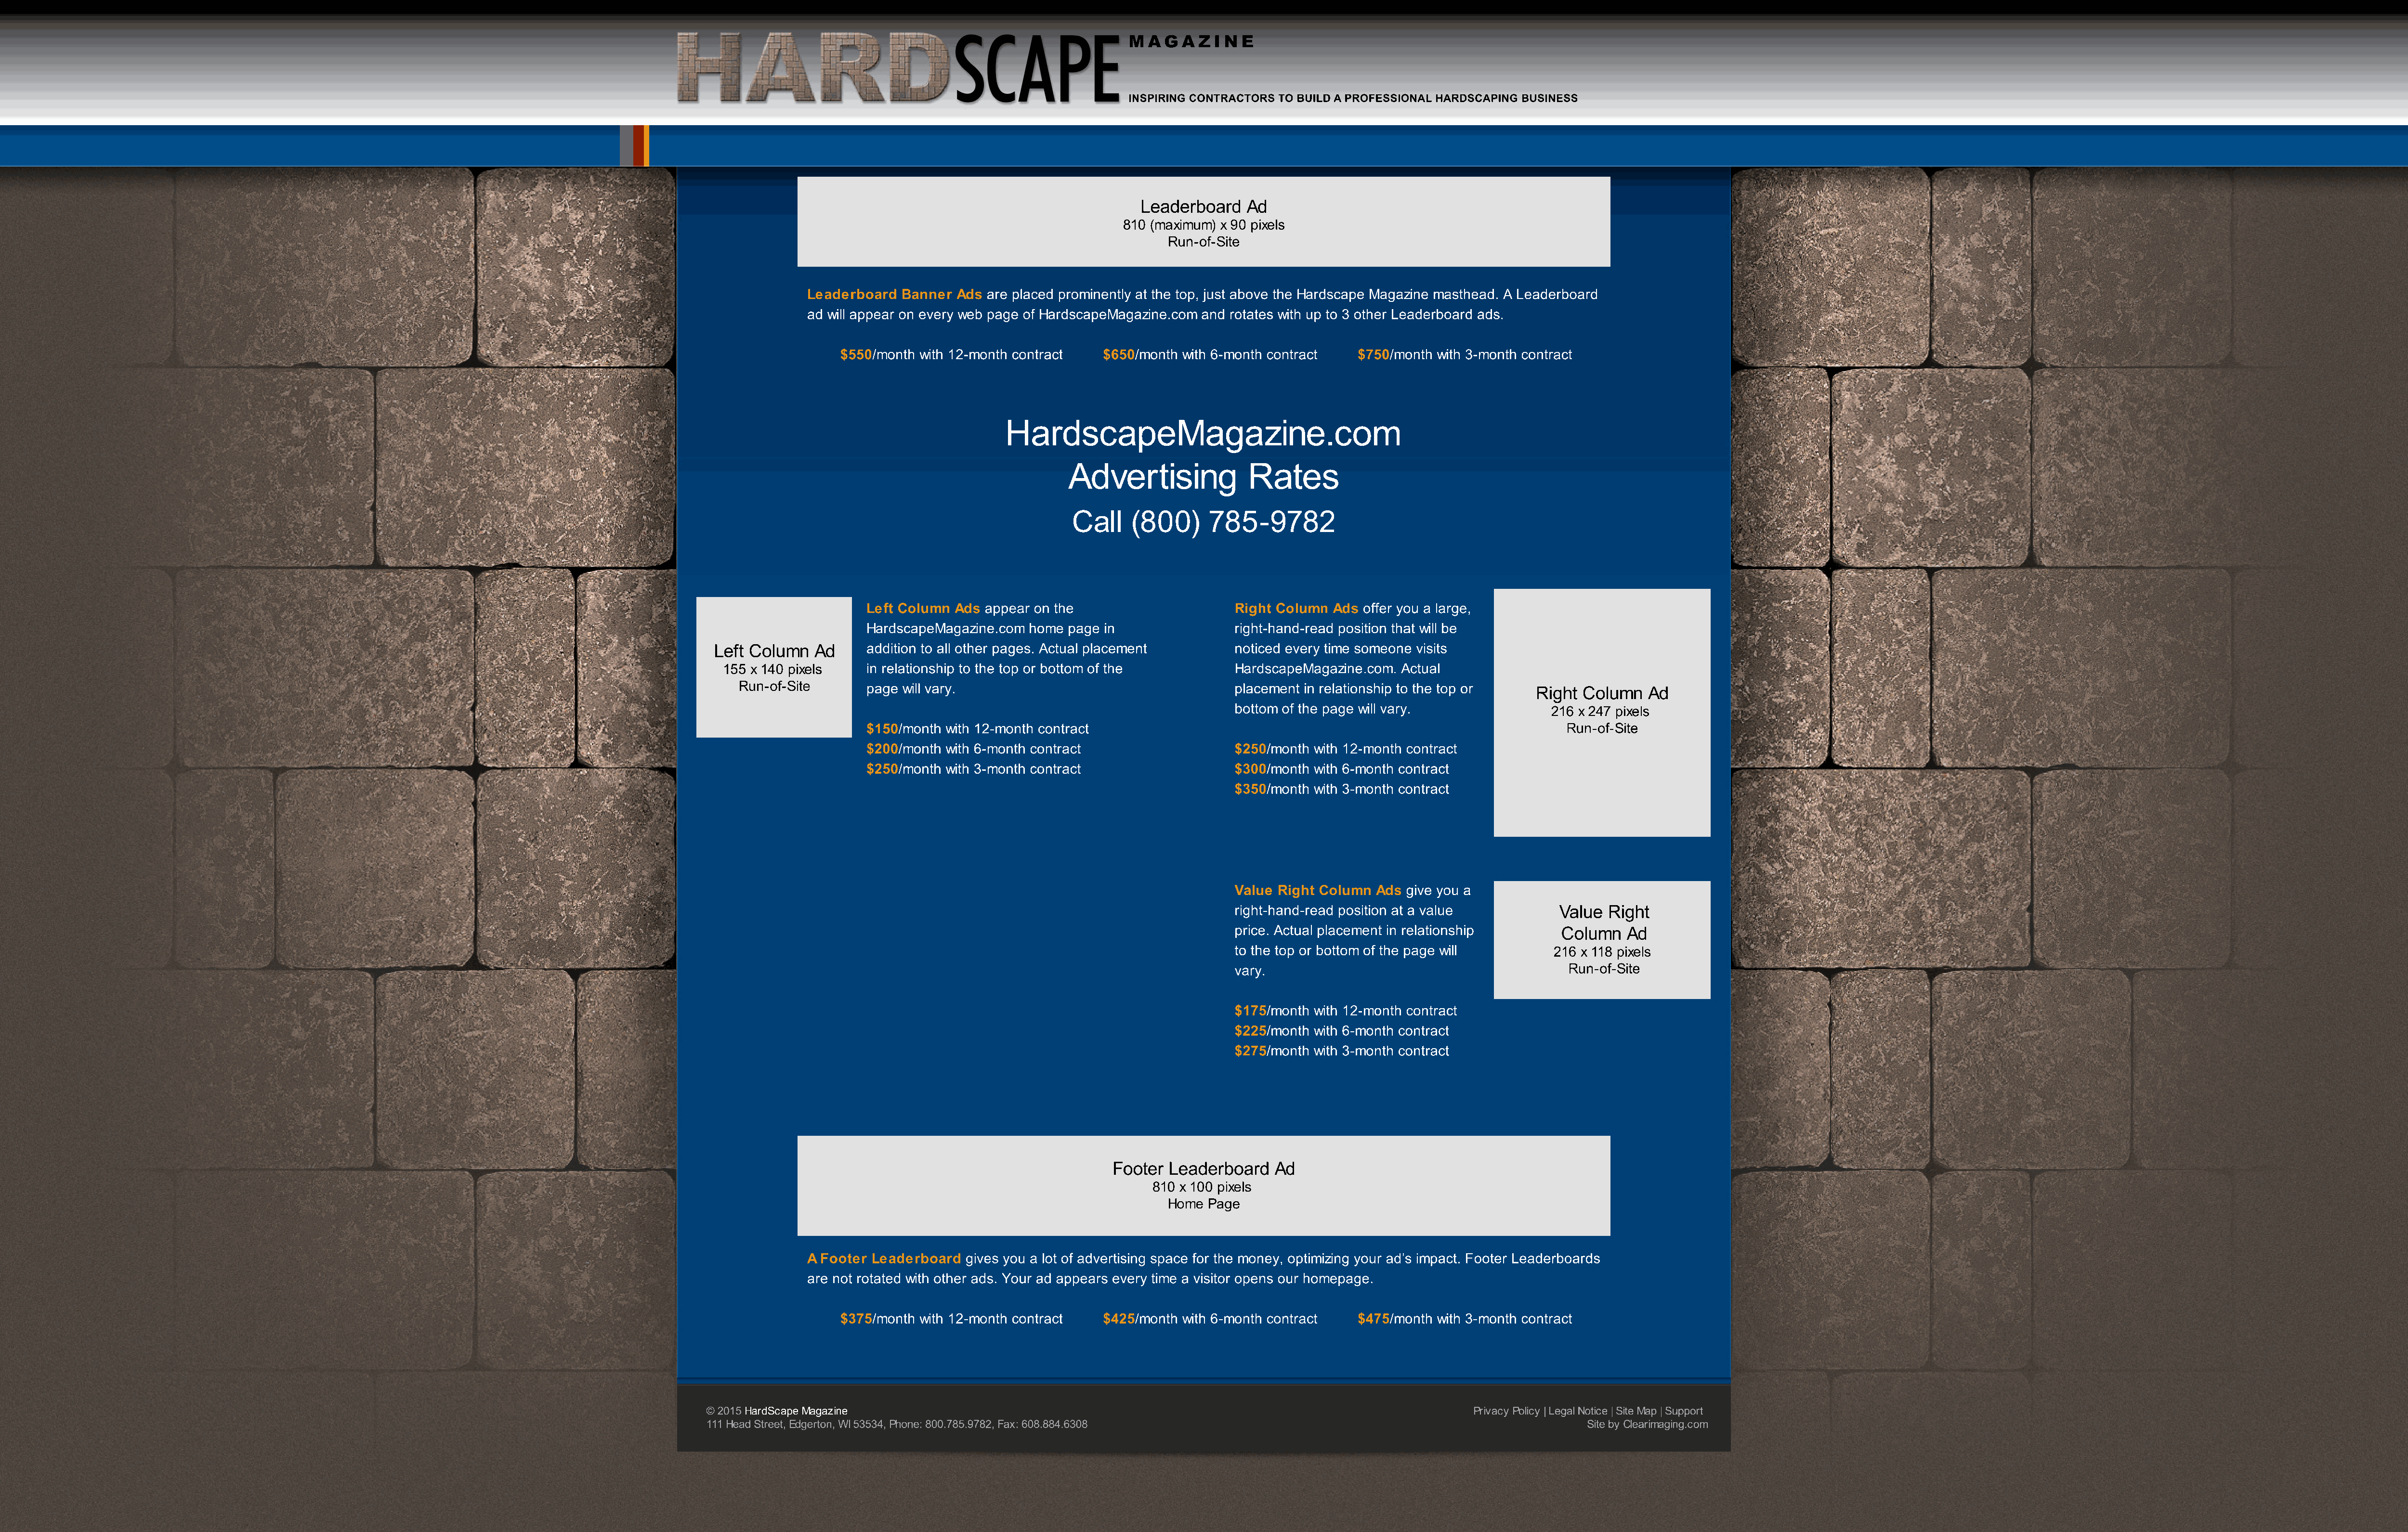
MAGAZINE
 INSPIRING CONTRACTORS TO BUILD A PROFESSIONAL HARDSCAPING BUSINESS
 Leaderboard   Ad
 810 (maximum) x 90 pixels
 Run-of-Site
 Leaderboard  Banner  Ads are placed prominently at the top, just above the Hardscape Magazine masthead. A Leaderboard
 ad will appear on every web page of HardscapeMagazine.com and rotates with up to 3 other Leaderboard ads.
 $550/month with 12-month contract   $650/month with 6-month contract   $750/month with 3-month contract
 HardscapeMagazine.com
 Advertising              Rates
 Call    (800)      785-9782
 Left Column Ads appear on the                      Right Column Ads offer you a large,
 HardscapeMagazine.com home  page in                right-hand-read position that will be
 Left Column   Ad     addition to all other pages. Actual placement      noticed every time someone visits
 155 x 140 pixels    in relationship to the top or bottom of the        HardscapeMagazine.com. Actual
 Run-of-Site      page will vary.                                    placement in relationship to the top or
 Right  Column   Ad
 bottom of the page will vary.              216 x 247 pixels
 $150/month with 12-month contract                                                               Run-of-Site
 $200/month with 6-month contract                   $250/month with 12-month contract
 $$225500/month with 3-month contract               $$330000/month with 6-month contract
 $350/month with 3-month contract
 Value Right Column Ads give you a
 right-hand-read position at a value         Value  Right
 price. Actual placement in relationship      Column   Ad
 to the top or bottom of the page will       216 x 118 pixels
 vary.                                         Run-of-Site
 $175/month with 12-month contract
 $225/month with 6-month contract
 $$227755/month with 3-month contract
 Footer  Leaderboard   Ad
 810 x 100 pixels
 Home Page
 A Footer Leaderboard  gives you a lot of advertising space for the money, optimizing your ad’s impact. Footer Leaderboards
 are not rotated with other ads. Your ad appears every time a visitor opens our homepage.
 $375/month with 12-month contract   $425/month with 6-month contract   $475/month with 3-month contract
 © 2015 HardScape Magazine                                                                                 Privacy Policy | Legal Notice | Site Map | Support
 111 Head Street, Edgerton, WI 53534, Phone: 800.785.9782, Fax: 608.884.6308                                              Site by Clearimaging.com